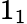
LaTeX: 1_{1}